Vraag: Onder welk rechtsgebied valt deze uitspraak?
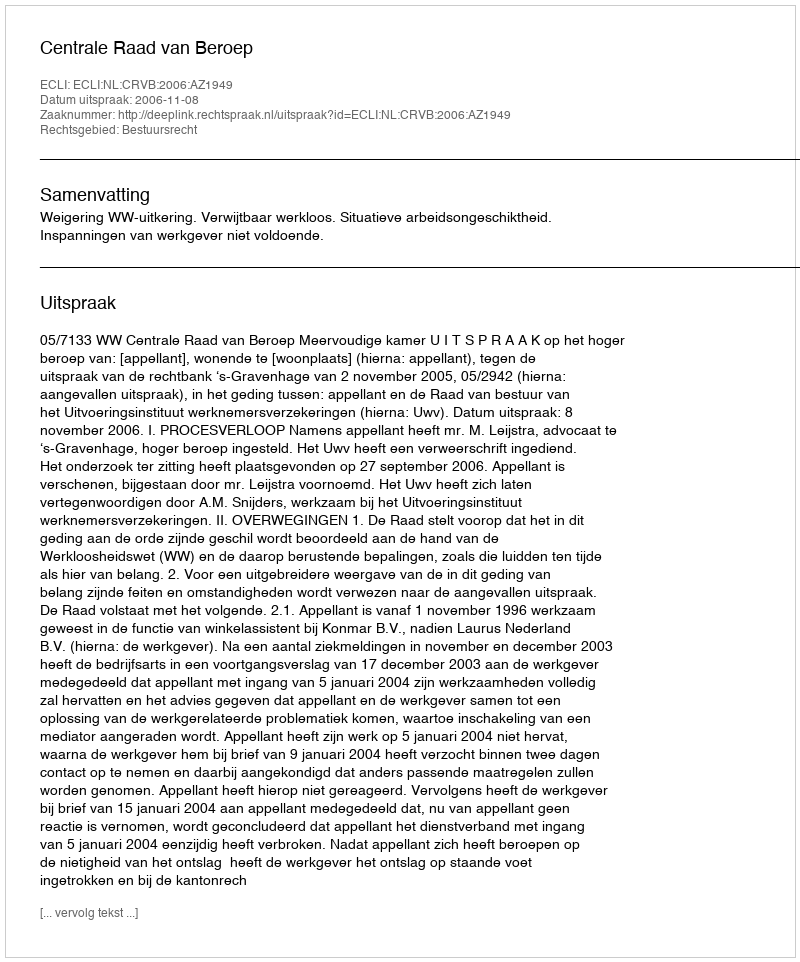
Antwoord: Bestuursrecht